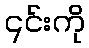
၎င်းကို